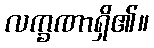
လက္ခဏာရှိ၏။